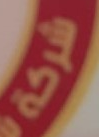
شركة